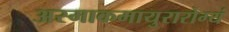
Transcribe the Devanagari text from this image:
अस्माकमायुरारोग्यं